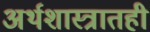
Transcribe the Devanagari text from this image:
अर्थशास्त्रातही